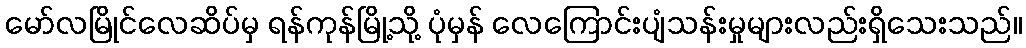
မော်လမြိုင်လေဆိပ်မှ ရန်ကုန်မြို့သို့ ပုံမှန် လေကြောင်းပျံသန်းမှုများလည်းရှိသေးသည်။